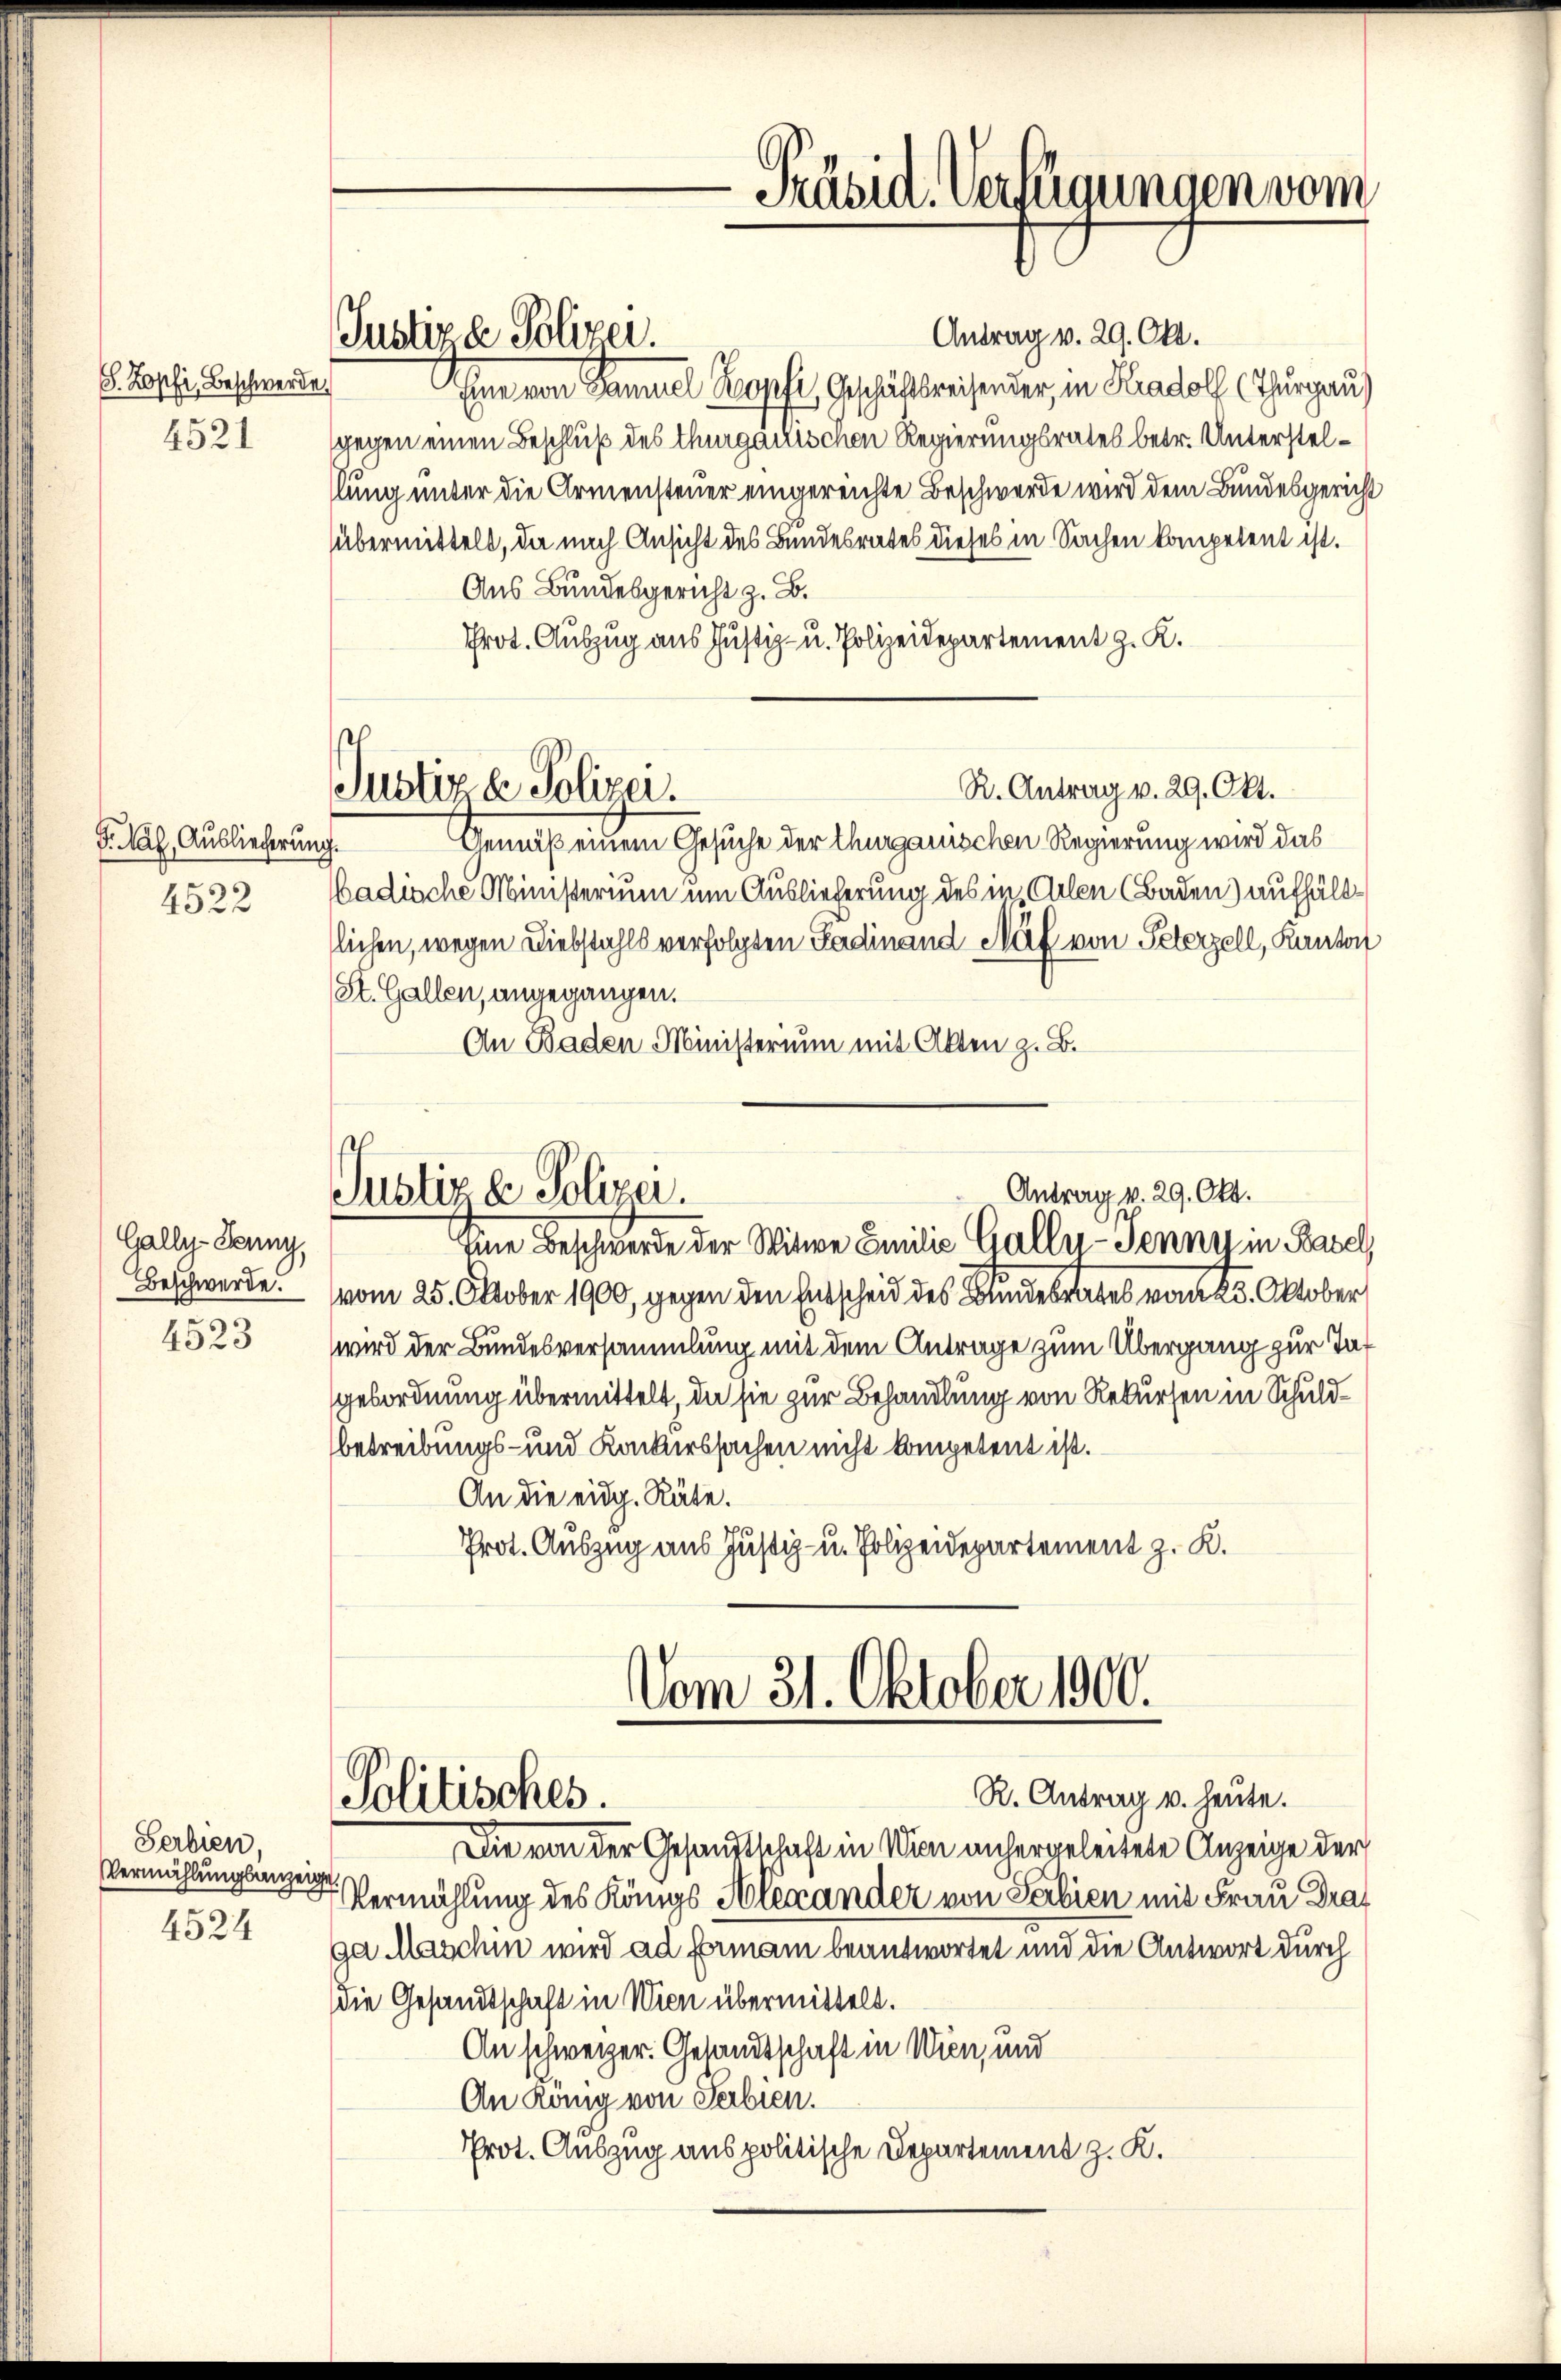
S. Kopfi, Beschwerde

Gally-Jenny,
Beschwerde.
4523

Serbien,
Vermählungsanzeige
4524

S. Mal. Auslieferung.

Antrag v. 29. Okt.
Eine von Samuel Kopfe, Geschäftsreisender, in Kradolf (Thurgau)
4521 gegen einen Beschluß des thurgauischen Regierungsrates betr. Unterstelslung unter die Armensteuer eingereichte Beschwerde wird dem Bundesgericht
übermittelt, da nach Ansicht des Bundesrates dieses in Sachen kompetent ist.
Aus Bundesgericht z. B.
Prot. Auszug aus Justiz- u. Polizeidepartement z. K.
R. Antrag v. 29. Okt.
Justiz & Polizei.
Gemäß einem Gesuche der Thurgauischen Regierung wird das
4522 (adische Ministerium um Auslieferung des in Arten (Baden) aufhältslichen, wegen Diebstahls verfolgten Fadinand Näf von Peterzell, Kanton
St. Gallen, angegangen.
An Baden Ministerium mit Akten z. B.

Justiza Polizei.

vom 25. Oktober 1900, gegen den Entscheid des Bundesrates vom 25. Oktober
wird der Bundesversammlung mit dem Antrage zum Übergang zur Tagebordnung übermittelt, da sie zur Behandlung von Rekursen in Schuldbetreibungs- und Konkurssachen nicht kompetent ist.
An die eidg. Räte.
Prot. Auszug aus Justiz- u. Polizeidepartement z. K.

Präsid. Verfügungen vom

Antrag v. 29. Okt.
Justiz & Polizei.
Eine Beschwerde der Witwe Emilie Galle - Sennn in Basel,

Vom 31. Oktober 1900.
R. Antrag u. heute.
Politisches.

Die von der Gesandtschaft in Wien anhergeleitete Anzeige der
Vermählung des Königs Alexander von Serbien mit Frau Draf
ga Maschin wird ad Ermani beantwortet und die Antwort durch
die Gesandtschaft in Wien übermittelt.
An schweizer. Gesandtschaft in Wien, und
An König von Serbien.
Prot. Auszug aus politische Departement z. K.